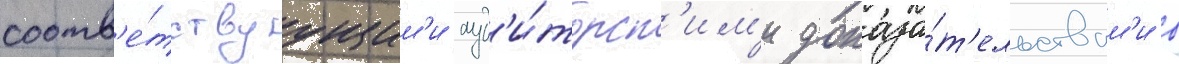
соотв'е́тствуущим'и ауд'и́торск'им'и доказа́т'ельствам'и в